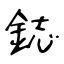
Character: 鋕